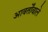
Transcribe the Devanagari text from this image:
आवर्तोंवाले